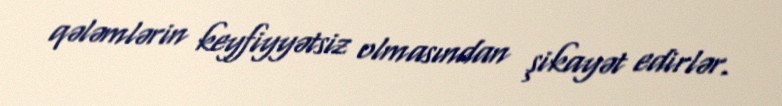
qələmlərin keyfiyyətsiz olmasından şikayət edirlər.